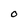
Character: 0